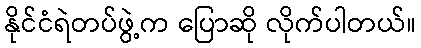
နိုင်ငံရဲတပ်ဖွဲ့က ပြောဆို လိုက်ပါတယ်။